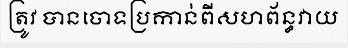
ត្រូវ បានចោទប្រកាន់ពីសហព័ន្ធវាយ